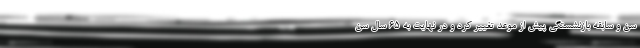
سن و سابقه بازنشستگی پیش از موعد تغییر کرد و در نهایت به ۶۵ سال سن